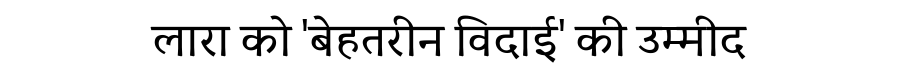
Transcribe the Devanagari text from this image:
लारा को 'बेहतरीन विदाई' की उम्मीद